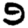
Digit: 9